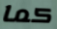
كما